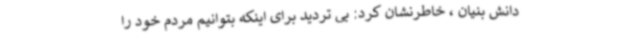
دانش بنیان ، خاطرنشان کرد: بی تردید برای اینکه بتوانیم مردم خود را